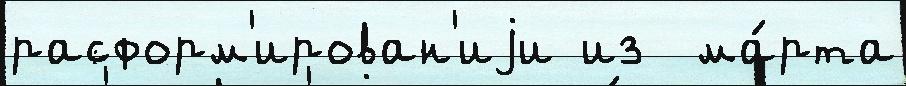
расформ'ирован'иjи из  ма́рта